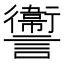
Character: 讏